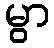
မွာ